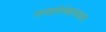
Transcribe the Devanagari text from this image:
जाणारेलेखनप्रकार